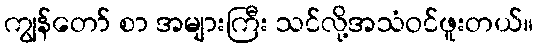
ကျွန်တော် စာ အများကြီး သင်လို့အသံဝင်ဖူးတယ်။